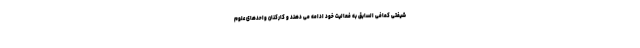
شیفتی کمافی السابق به فعالیت خود ادامه می دهند و کارکنان واحدهای علوم